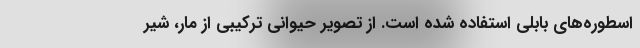
اسطوره‌های بابلی استفاده شده است. از تصویر حیوانی ترکیبی از مار، شیر